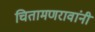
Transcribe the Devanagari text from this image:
चितामणरावांनी